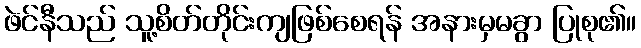
ဖဲင်နီသည် သူ့စိတ်တိုင်းကျဖြစ်စေရန် အနားမှမခွာ ပြုစု၏။